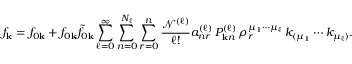
f _ { \mathbf { k } } = f _ { 0 \mathbf { k } } + f _ { 0 \mathbf { k } } \tilde { f } _ { 0 \mathbf { k } } \sum _ { \ell = 0 } ^ { \infty } \sum _ { n = 0 } ^ { N _ { \ell } } \sum _ { r = 0 } ^ { n } \frac { \mathcal { N } ^ { ( \ell ) } } { \ell ! } a _ { n r } ^ { ( \ell ) } \, P _ { \mathbf { k } n } ^ { ( \ell ) } \, \rho _ { r } ^ { \mu _ { 1 } \cdots \mu _ { \ell } } \, k _ { \langle \mu _ { 1 } } \cdots k _ { \mu _ { \ell } \rangle } .